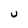
Character: U